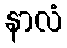
နာလံ